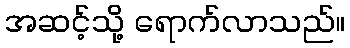
အဆင့်သို့ ရောက်လာသည်။